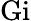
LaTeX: \mathrm{Gi}